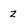
Character: Z